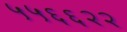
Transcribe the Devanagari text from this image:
५५६६२२